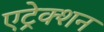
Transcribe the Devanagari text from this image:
एट्रेक्शन